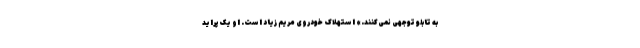
به تابلو توجهی نمی‌کنند.» استهلاک خودروی مریم زیاد است. او یک پراید